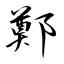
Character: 鄭